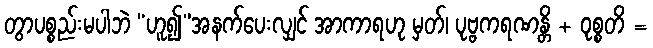
တွာပစ္စည်းမပါဘဲ “ဟူ၍”အနက်ပေးလျှင် အာကာရဟု မှတ်၊ ပုဗ္ဗကရဏန္တိ + ဝုစ္စတိ =